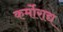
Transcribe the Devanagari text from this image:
कर्मोराद्य